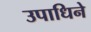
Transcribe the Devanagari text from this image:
उपाधिने